画像に写った文字を読んでください
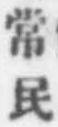
「常民」と書いてあります